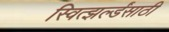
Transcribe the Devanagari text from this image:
स्वित्झर्ल्डंसाठी